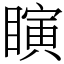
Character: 瞚